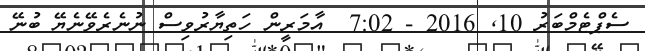
ސެޕްޓެމްބަރު 10